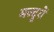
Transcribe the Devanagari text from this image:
मज्दूरों